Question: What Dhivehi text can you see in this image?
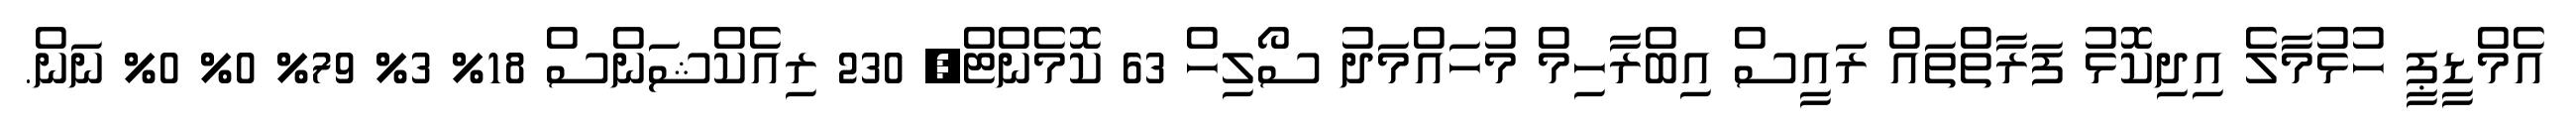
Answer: އެމްޑީޕީ ހުޅުމާލެ އިދިކޮޅު ފަރާތްތައް ރައީސް އިބްރާހިމް މުހައްމަދު ސޯލިހް 63 ކޮމެންޓް, 230 ރިއެކްޝަންސް 18% 3% 79% 0% 0% ނަން.